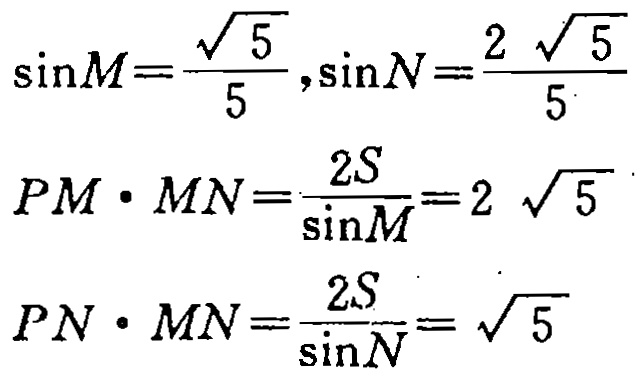
\[\sin M=\frac{\sqrt{5}}{5},\sin N=\frac{2\sqrt{5}}{5}\]
\[PM\cdot MN=\frac{2S}{\sin M}=2\sqrt{5}\]
\[PN\cdot MN=\frac{2S}{\sin N}=\sqrt{5}\]